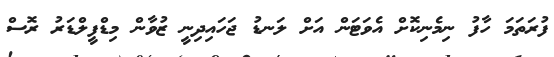
ފުރަތަމަ ހާފު ނިމެނިކޮށް އެވަޓަން އަށް ލަނޑު ޖަހައިދިނީ ޒުވާން މިޑްފީލްޑަރު ރޮސް